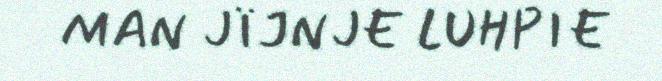
MAN JÏJNJE LUHPIE